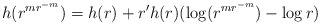
\begin{align*} h(r^{mr^{-m}}) = h(r) + r'h(r) (\log (r^{mr^{-m}}) - \log r) \end{align*}